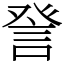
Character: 𧦴